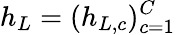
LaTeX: h_{L}=(h_{L,c})_{c=1}^{C}